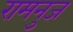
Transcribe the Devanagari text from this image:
रामनुज